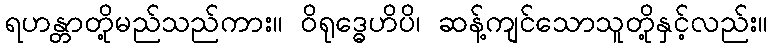
ရဟန္တာတို့မည်သည်ကား။ ဝိရုဒ္ဓေဟိပိ၊ ဆန့်ကျင်သောသူတို့နှင့်လည်း။